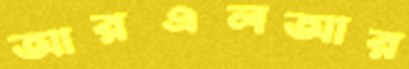
আরএলআর